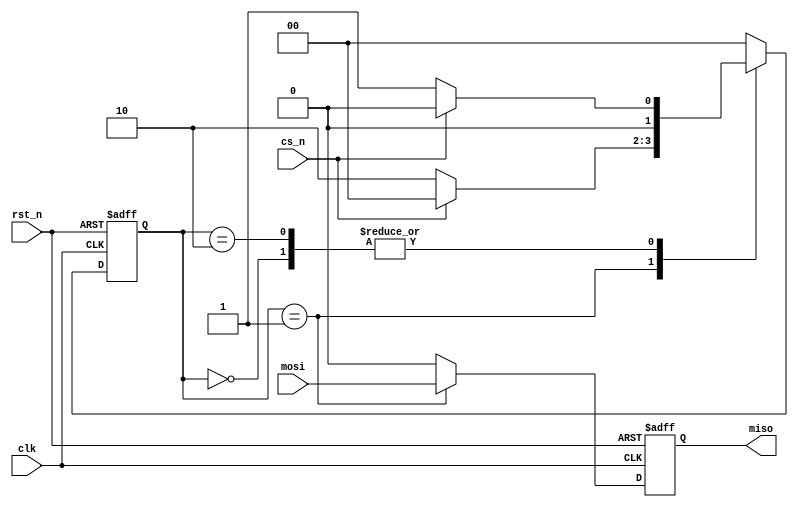
module spi_controller(
    input wire clk,
    input wire rst_n,
    input wire cs_n,
    input wire mosi,
    output reg miso
);

// Timing control units
reg [7:0] clk_divider;
reg [1:0] state;

always @(posedge clk or negedge rst_n) begin
    if (!rst_n)
        clk_divider <= 8'b0;
    else if (clk_divider == 8'b11111111)
        clk_divider <= 8'b0;
    else
        clk_divider <= clk_divider + 1;
end

always @(posedge clk or negedge rst_n) begin
    if (!rst_n)
        state <= 2'b00;
    else begin
        case (state)
            2'b00: state <= cs_n ? 2'b00 : 2'b01;
            2'b01: state <= cs_n ? 2'b00 : 2'b10;
            2'b10: state <= cs_n ? 2'b00 : 2'b01;
            default: state <= 2'b00;
        endcase
    end
end

// Synchronization blocks
always @(posedge clk or negedge rst_n) begin
    if (!rst_n)
        miso <= 1'b0;
    else begin
        case (state)
            2'b01: miso <= mosi;
            2'b10: miso <= 1'b0;
            default: miso <= 1'b0;
        endcase
    end
end

endmodule